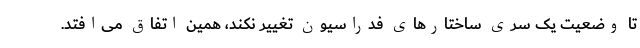
تا وضعیت یک سری ساختارهای فدراسیون تغییر نکند، همین اتفاق می‌افتد.